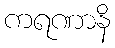
ကရဏာနိ